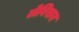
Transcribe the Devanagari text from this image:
लेविसन